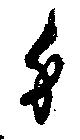
身